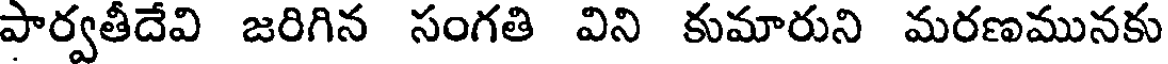
పార్వతీదేవి జరిగిన సంగతి విని కుమారుని మరణమునకు